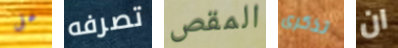
على تصرفه المقص تذكرى ان